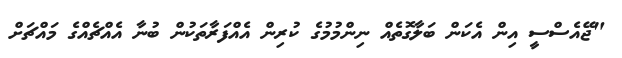
"ޖޭއެސްސީ އިން އެކަން ބަލާގޮތެއް ނިންމުމުގެ ކުރިން އެއްފަރާތަކުން ބުނާ އެއްޗެއްގެ މައްޗަށް